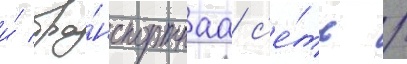
и́ тра́нспортнаа с'е́ть /